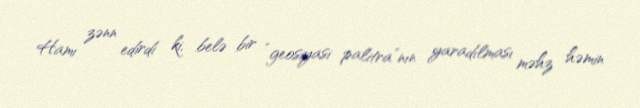
Hamı zənn edirdi ki, belə bir “geosiyasi palitra”nın yaradılması məhz həmin